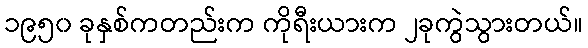
၁၉၅၀ ခုနှစ်ကတည်းက ကိုရီးယားက ၂ခုကွဲသွားတယ်။